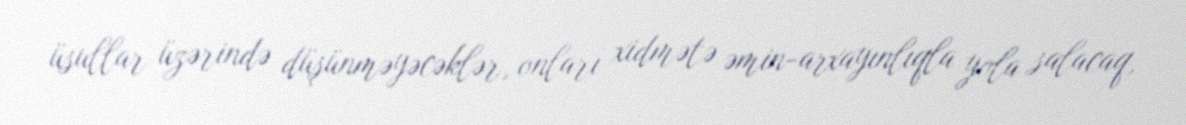
üsullar üzərində düşünməyəcəklər, onları xidmətə əmin-arxayınlıqla yola salacaq,